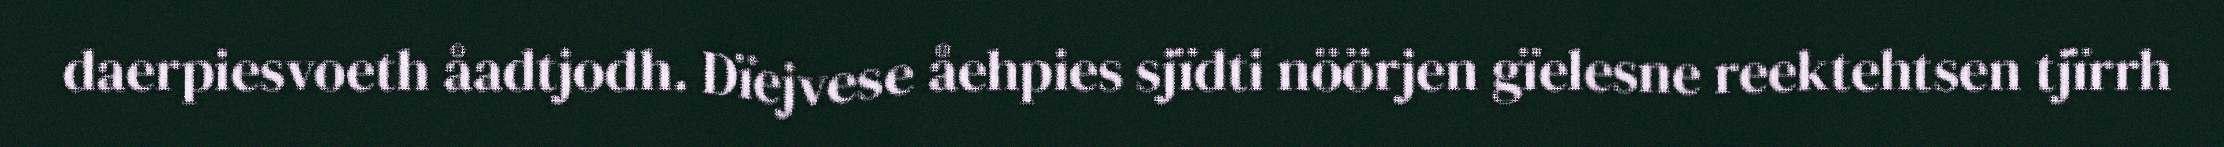
daerpiesvoeth åadtjodh. Dïejvese åehpies sjïdti nöörjen gïelesne reektehtsen tjïrrh